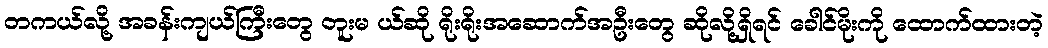
တကယ်လို့ အခန်းကျယ်ကြီးတွေ တူးမ ယ်ဆို ရိုးရိုးအဆောက်အဦးတွေ ဆိုလို့ရှိရင် ခေါင်မိုးကို ထောက်ထားတဲ့